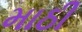
માઠી